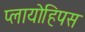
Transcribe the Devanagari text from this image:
प्लायोहिपस